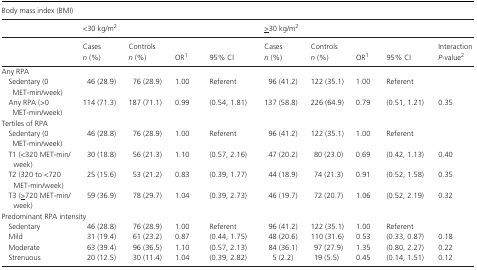
<table><thead><tr><td colspan="10"><b>Body mass index (BMI)</b></td></tr><tr><td></td><td colspan="4"><b>&lt;30 kg/m<sup>2</sup></b></td><td colspan="4"><b><underline>&gt;</underline>30 kg/m<sup>2</sup></b></td><td></td></tr><tr><td></td><td><b>Cases<i>n</i> (%)</b></td><td><b>Controls<i>n</i> (%)</b></td><td><b>ORa</b></td><td><b>95% CI</b></td><td><b>Cases<i>n</i> (%)</b></td><td><b>Controls<i>n</i> (%)</b></td><td><b>ORa</b></td><td><b>95% CI</b></td><td><b>Interaction<i>P</i>‐valueb</b></td></tr></thead><tbody><tr><td colspan="10">Any RPA</td></tr><tr><td>Sedentary (0 MET‐min/week)</td><td>46 (28.9)</td><td>76 (28.9)</td><td>1.00</td><td>Referent</td><td>96 (41.2)</td><td>122 (35.1)</td><td>1.00</td><td>Referent</td><td></td></tr><tr><td>Any RPA (&gt;0 MET‐min/week)</td><td>114 (71.3)</td><td>187 (71.1)</td><td>0.99</td><td>(0.54, 1.81)</td><td>137 (58.8)</td><td>226 (64.9)</td><td>0.79</td><td>(0.51, 1.21)</td><td>0.35</td></tr><tr><td colspan="10">Tertiles of RPA</td></tr><tr><td>Sedentary (0 MET‐min/week)</td><td>46 (28.8)</td><td>76 (28.9)</td><td>1.00</td><td>Referent</td><td>96 (41.2)</td><td>122 (35.1)</td><td>1.00</td><td>Referent</td><td></td></tr><tr><td>T1 (&lt;320 MET‐min/week)</td><td>30 (18.8)</td><td>56 (21.3)</td><td>1.10</td><td>(0.57, 2.16)</td><td>47 (20.2)</td><td>80 (23.0)</td><td>0.69</td><td>(0.42, 1.13)</td><td>0.40</td></tr><tr><td>T2 (320 to &lt;720 MET‐min/week)</td><td>25 (15.6)</td><td>53 (21.2)</td><td>0.83</td><td>(0.39, 1.77)</td><td>44 (18.9)</td><td>74 (21.3)</td><td>0.91</td><td>(0.52, 1.58)</td><td>0.35</td></tr><tr><td>T3 (<underline>&gt;</underline>720 MET‐min/week)</td><td>59 (36.9)</td><td>78 (29.7)</td><td>1.04</td><td>(0.39, 2.73)</td><td>46 (19.7)</td><td>72 (20.7)</td><td>1.06</td><td>(0.52, 2.19)</td><td>0.32</td></tr><tr><td colspan="10">Predominant RPA intensity</td></tr><tr><td>Sedentary</td><td>46 (28.8)</td><td>76 (28.9)</td><td>1.00</td><td>Referent</td><td>96 (41.2)</td><td>122 (35.1)</td><td>1.00</td><td>Referent</td><td></td></tr><tr><td>Mild</td><td>31 (19.4)</td><td>61 (23.2)</td><td>0.87</td><td>(0.44, 1.75)</td><td>48 (20.6)</td><td>110 (31.6)</td><td>0.53</td><td>(0.33, 0.87)</td><td>0.18</td></tr><tr><td>Moderate</td><td>63 (39.4)</td><td>96 (36.5)</td><td>1.10</td><td>(0.57, 2.13)</td><td>84 (36.1)</td><td>97 (27.9)</td><td>1.35</td><td>(0.80, 2.27)</td><td>0.22</td></tr><tr><td>Strenuous</td><td>20 (12.5)</td><td>30 (11.4)</td><td>1.04</td><td>(0.39, 2.82)</td><td>5 (2.2)</td><td>19 (5.5)</td><td>0.45</td><td>(0.14, 1.51)</td><td>0.12</td></tr></tbody></table>